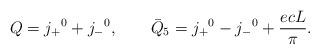
LaTeX: \begin{align*}Q= j_+{}^0 +j_-{}^0, \qquad {\bar Q}_5=j_+{}^0 -j_-{}^0 +\frac{e c L}{\pi}.\end{align*}